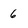
Character: 6